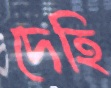
দেহি